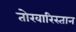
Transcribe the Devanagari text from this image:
तोखारिस्तान